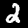
Label: 2